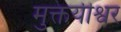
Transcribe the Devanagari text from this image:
मुक्तयीश्वर